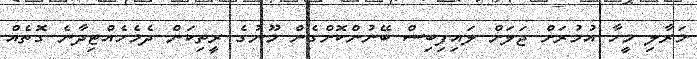
މަރާލި މީހާ އުމުރަށް ޖަލަށް ލައިފިބިސް ބޭނުންކޮށްގެން މޫނުގެ ރީތިކަން ދެމެހެއްޓިދާނެ ގޮތެއް